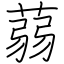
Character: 蒻